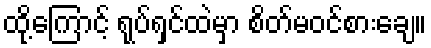
ထို့ကြောင့် ရုပ်ရှင်ထဲမှာ စိတ်မဝင်စားချေ။